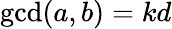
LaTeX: \operatorname*{gcd}(a,b)=kd